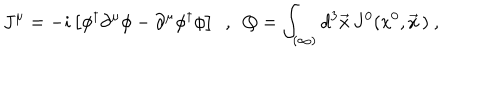
J ^ { \mu } = - i \left[ \phi ^ { \dagger } \partial ^ { \mu } \phi - \partial ^ { \mu } \phi ^ { \dagger } \phi \right] \ \ , \ \ Q = \int _ { ( \infty ) } d ^ { 3 } \vec { x } \, J ^ { 0 } ( x ^ { 0 } , \vec { x } \, ) \ ,